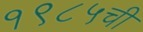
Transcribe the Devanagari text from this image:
१९८५ची